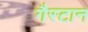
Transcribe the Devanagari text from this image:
गैस्टान